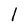
Character: l